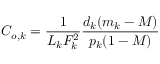
C _ { o , k } = \frac { 1 } { L _ { k } F _ { k } ^ { 2 } } \frac { d _ { k } ( m _ { k } - M ) } { p _ { k } ( 1 - M ) }